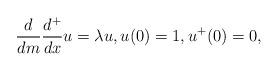
LaTeX: \begin{align*}\frac{d}{dm}\frac{d^+}{dx}u = \lambda u, u(0) = 1, u^+(0) = 0, \end{align*}